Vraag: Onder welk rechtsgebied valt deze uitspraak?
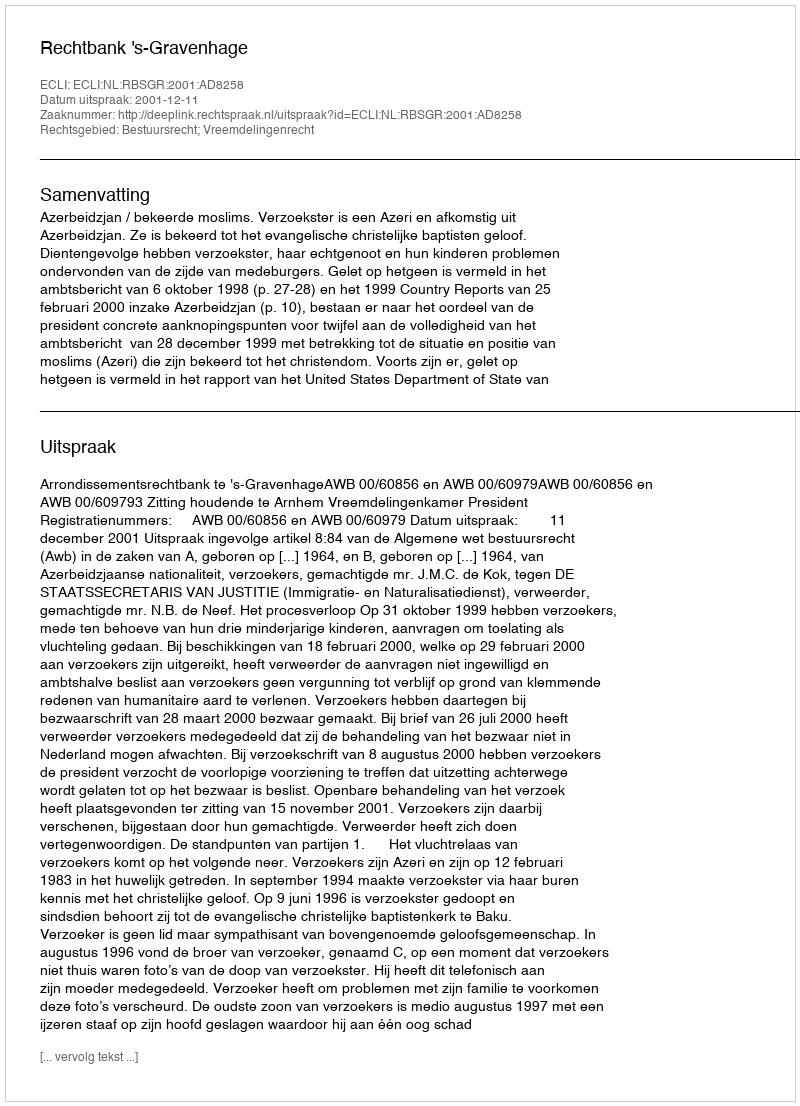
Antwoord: Bestuursrecht; Vreemdelingenrecht